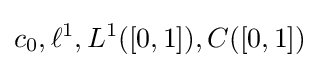
c_{0},\ell ^{1},L^{1}([0,1]),C([0,1])